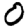
Digit: 0